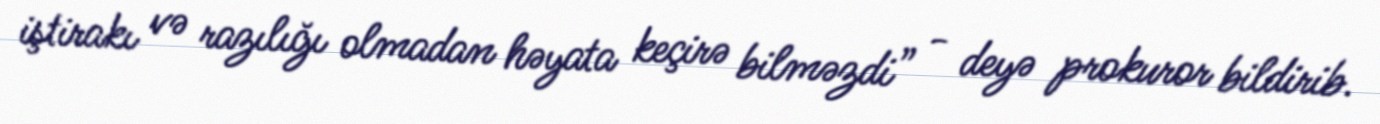
iştirakı və razılığı olmadan həyata keçirə bilməzdi” - deyə prokuror bildirib.